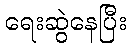
ရေးဆွဲနေပြီး